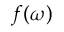
f ( \omega )